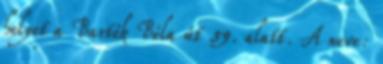
helyet a Bartók Béla út 59. alatt. A neve: